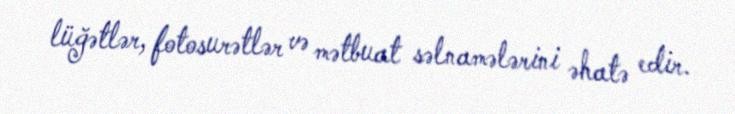
lüğətlər, fotosurətlər və mətbuat səlnamələrini əhatə edir.